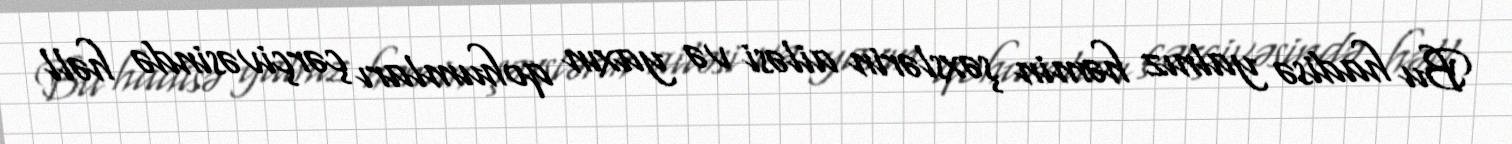
Bu hadisə yalnız həmin şəxslərin ailəsi və yaxın qohumları çərçivəsində həll